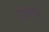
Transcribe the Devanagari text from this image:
एडीडास।